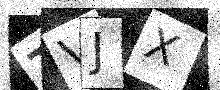
Text: TVJX